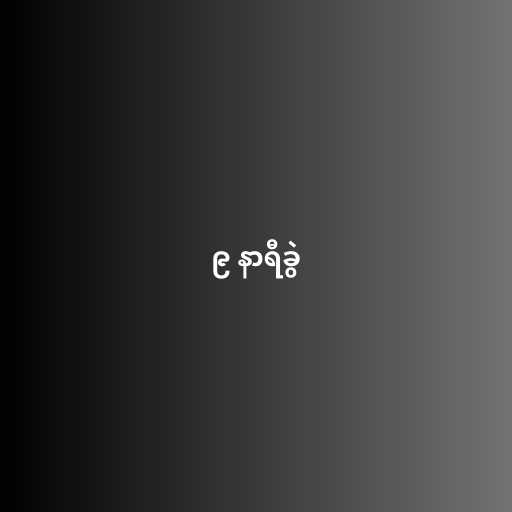
၉ နာရီခွဲ